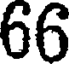
66